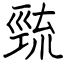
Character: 巰